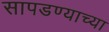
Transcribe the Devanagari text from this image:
सापडण्याच्या